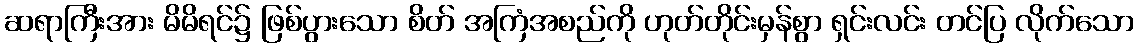
ဆရာကြီးအား မိမိရင်၌ ဖြစ်ပွားသော စိတ် အကြံအစည်ကို ဟုတ်တိုင်းမှန်စွာ ရှင်းလင်း တင်ပြ လိုက်သော